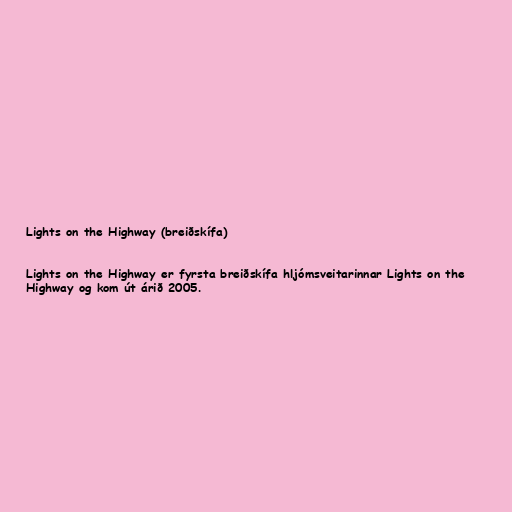
Lights on the Highway (breiðskífa)

Lights on the Highway er fyrsta breiðskífa hljómsveitarinnar Lights on the
Highway og kom út árið 2005.